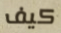
كيف